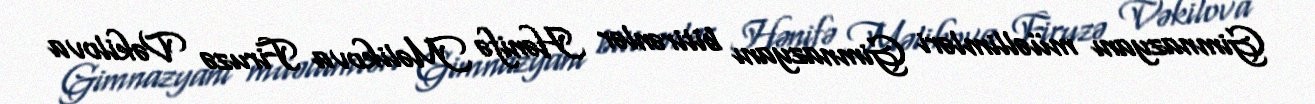
Gimnazyanı müəllimləri Gimnazyanı bitirənlər Hənifə Məlikova Firuzə Vəkilova